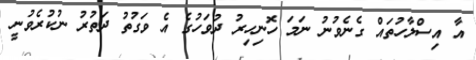
އާ އިސްލާހުތައް ގެނެވުނު ނަމަ ހޮނިހިރު ދުވަހުގެ އެ ވަގުތު ދަތުރު ނުކުރެވުނީ